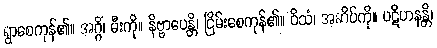
ရွာစေကုန်၏။ အဂ္ဂိံ၊ မီးကို။ နိဗ္ဗာပေန္တိ၊ ငြိမ်းစေကုန်၏။ ဝိသံ၊ အဆိပ်ကို။ ပဋိဟနန္တိ၊